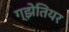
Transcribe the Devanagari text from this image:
ग्झेतियर